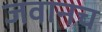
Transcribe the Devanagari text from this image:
जवानच